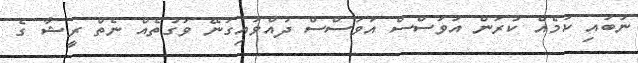
ނުބައި ކަމެއް ކުރަން އަވަސްސް އަވަސްސް ދުއްވައިގަނޭ ވަގުތެއް ނެތް ރީޝާ ގެ